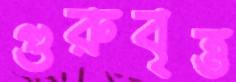
গুরুবৃত্ত